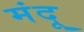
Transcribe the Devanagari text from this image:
मंदू